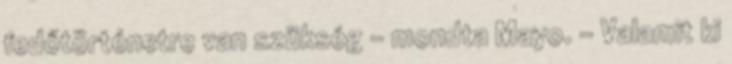
fedőtörténetre van szükség – mondta Mayo. - Valamit ki